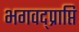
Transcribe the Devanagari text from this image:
भगवद्प्राप्ति